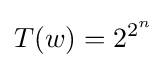
T(w)=2^{2^{n}}